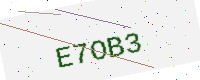
Text: E7OB3